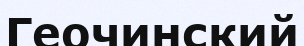
Геочинский